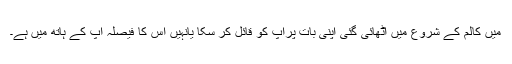
میں کالم کے شروع میں اٹھائی گئی اپنی بات پرآپ کو قائل کر سکا یانہیں اس کا فیصلہ آپ کے ہاتھ میں ہے۔